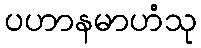
ပဟာနမာဟံသု